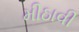
મીઠાવી